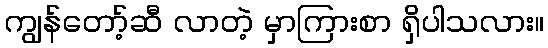
ကျွန်တော့်ဆီ လာတဲ့ မှာကြားစာ ရှိပါသလား။